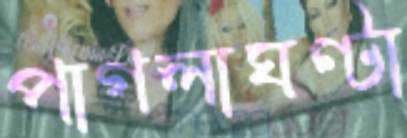
পাগলাঘণ্টা